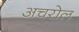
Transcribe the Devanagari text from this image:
अचरोल